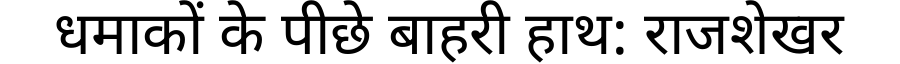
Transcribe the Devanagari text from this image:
धमाकों के पीछे बाहरी हाथ: राजशेखर